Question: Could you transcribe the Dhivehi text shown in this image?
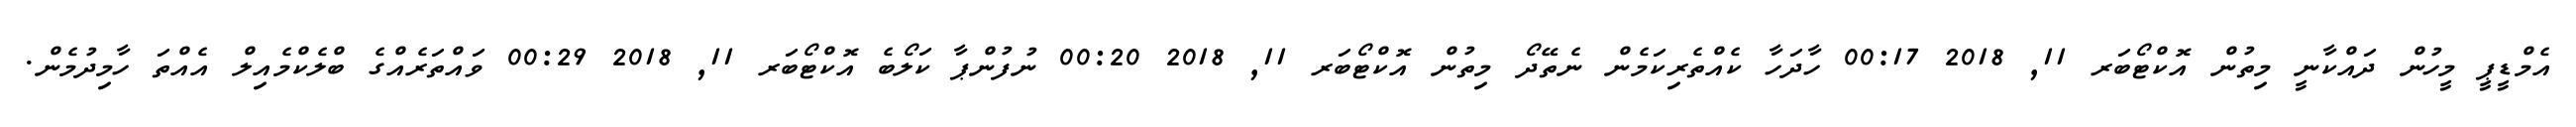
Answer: އެމްޑީޕީ މީހުން ދައްކާނީ މިތުން އޮކްޓޯބަރ 11, 2018 00:17 ހާދަހާ ކެއްތެރިކަމެން ނެތޭދޯ މިތުން އޮކްޓޯބަރ 11, 2018 00:20 ނުފުންޕާ ކަލޯބެ އޮކްޓޯބަރ 11, 2018 00:29 ވައްތަރެއްގެ ބްލެކްމެއިލް އެއްތަ ހާމިދުމެން.